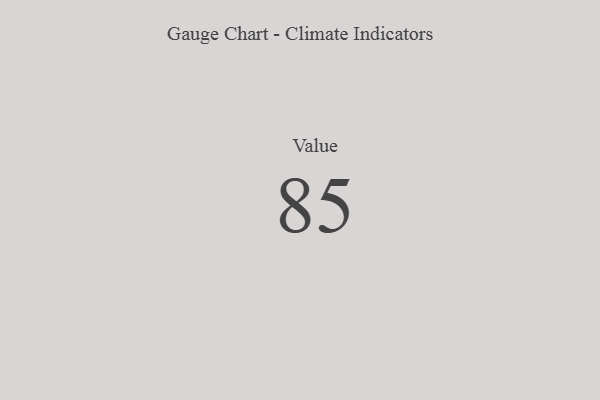
{"axis": {"x": "Metric", "y": "Value"}, "legend": [""], "data": [{"x": "Value", "y": 85, "type": ""}]}